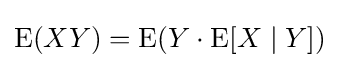
\operatorname {E} (XY)=\operatorname {E} (Y\cdot \operatorname {E} [X\mid Y])